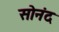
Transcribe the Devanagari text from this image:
सोनंद